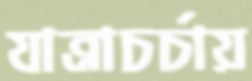
যাত্রাচর্চায়